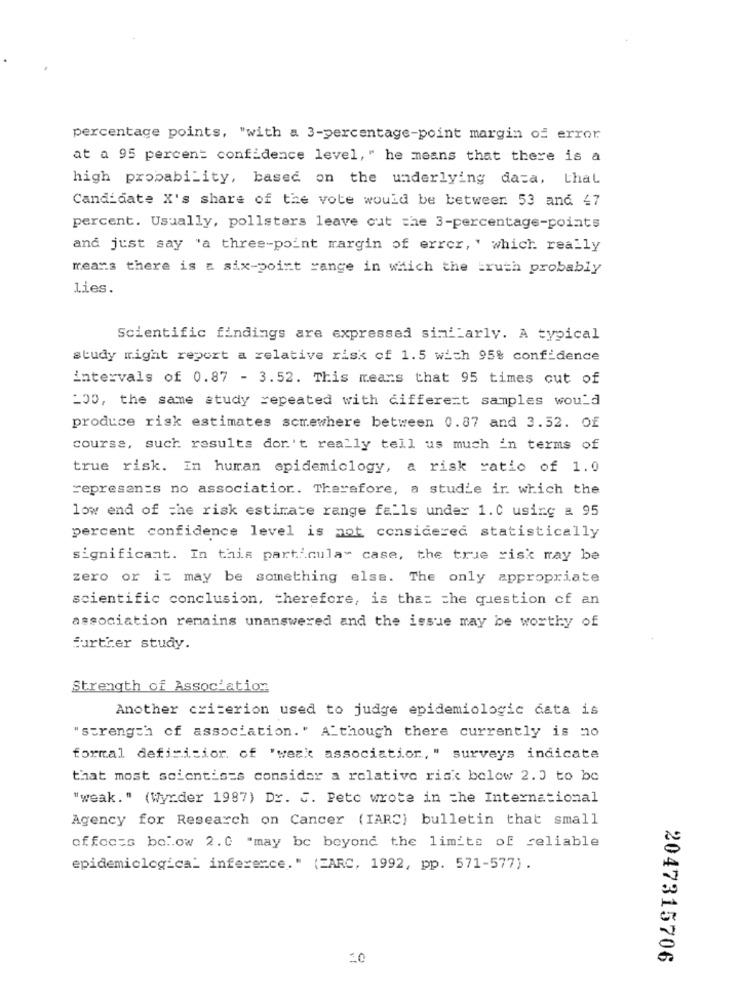
percentage points, "with a 3-percentage-point margin of error
at a 95 percent confidence level, " he means that there is a
high probability, based on the underlying daza, thal
Candidate X's share of the vote would be betweer 53 and 47
percent. Usually, pollsters leave cut the 3-percentage-points
and just say "a three-point margin of error, ' which really
means there is a six-point range in which the truth probably
lies.
Scientific findings are expressed similarly. A typical
study might report a relative risk of 1.5 wich 95% confidence
intervals of 0.87 - 3.52. This means that 95 times cut of
_00, the same study repeated with different samples would
produce risk estimates somewhere between 0.87 and 3.52. Of
course, such results don't really tell us much in terms of
true risk. In human epidemiology, a risk ratio of 1.0
represents no associatior. Therefore, a studie ir. which the
low end of the risk estimate range falls under 1.C using a 95
percent confidence level is not considered statistically
significant. In this particular case, the true risk may be
zero or it may be something else. The only appropriate
scientific conclusion, therefore, is that the question of an
association remains unanswered and the issue may be worthy of
further study.
Strength of Association
Another criterion used to judge epidemiologic data is
"strength of association." Although there currently is =0
formal defisicior. of 'weak association, " surveys indicate
that most scientists consider a relative risk below 2.0 to be
"weak." (Wyr.der 1987) Dr. J. Pete wrote in the International
Agency for Research on Cancer (IARC) bulletin that small
effects below 2.0 "may be beyond the limits of reliable
epidemiclogica_ inference." (EARC, 1992, pp. 571-577).
10
2047315706